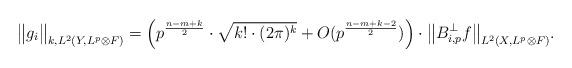
LaTeX: \begin{align*}\big\| g_i \big\|_{k, L^2(Y, L^p \otimes F)} = \Big( p^{\frac{n - m + k}{2}} \cdot \sqrt{k! \cdot (2 \pi)^k} +O(p^{\frac{n - m + k - 2}{2}})\Big)\cdot \big\| B_{i, p}^{\perp} f \big\|_{L^2(X, L^p \otimes F)}.\end{align*}